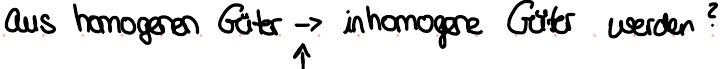
aus homogenen Güter -> inhomogene Güter werden?